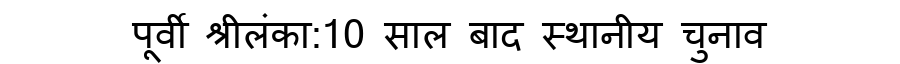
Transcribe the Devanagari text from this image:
पूर्वी श्रीलंका:10 साल बाद स्थानीय चुनाव